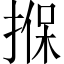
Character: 㨐